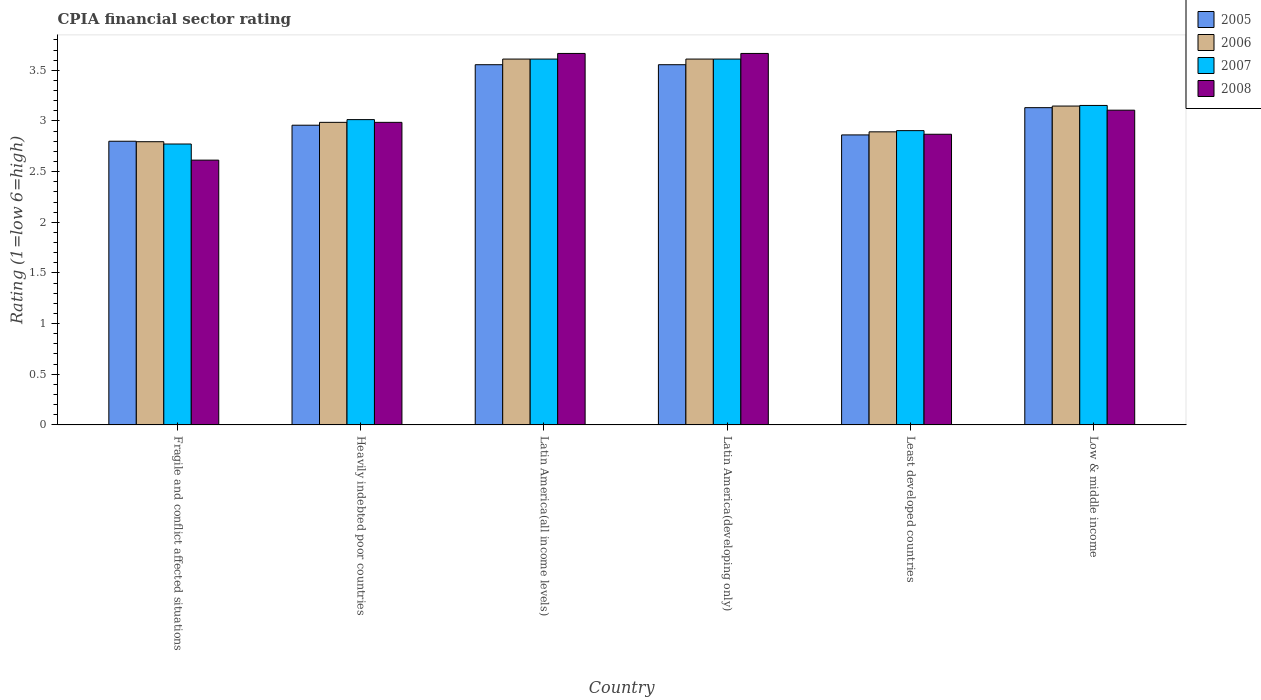
| Country | 2005 | 2006 | 2007 | 2008 |
 | --- | --- | --- | --- | --- |
 | Fragile and conflict affected situations | 2.8 | 2.8 | 2.77 | 2.61 |
 | Heavily indebted poor countries | 2.96 | 2.99 | 3.01 | 2.99 |
 | Latin America(all income levels) | 3.56 | 3.61 | 3.61 | 3.67 |
 | Latin America(developing only) | 3.56 | 3.61 | 3.61 | 3.67 |
 | Least developed countries | 2.86 | 2.89 | 2.9 | 2.87 |
 | Low & middle income | 3.13 | 3.15 | 3.15 | 3.11 |